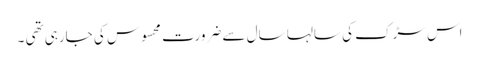
اس سڑک کی سالہا سال سے ضرورت محسوس کی جارہی تھی ۔